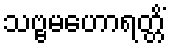
သဗ္ဗမဟောရတ္တိံ